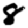
Digit: 8